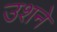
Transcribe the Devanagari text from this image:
उशने